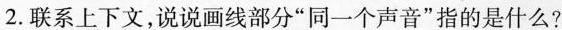
2.联系上下文，说说画线部分”同一个声音”指的是什么?